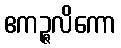
ဧကဉ္ဇလိကော